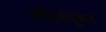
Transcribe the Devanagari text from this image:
नीलपुष्प